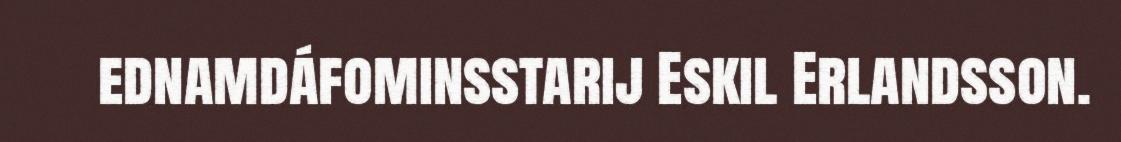
ednamdáfominsstarij Eskil Erlandsson.